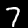
Digit: 7